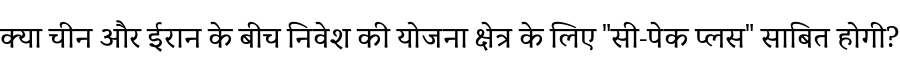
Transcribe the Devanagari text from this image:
क्या चीन और ईरान के बीच निवेश की योजना क्षेत्र के लिए "सी-पेक प्लस" साबित होगी?